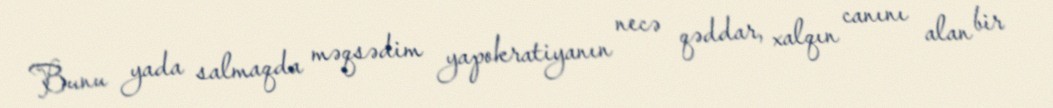
Bunu yada salmaqda məqsədim yapokratiyanın necə qəddar, xalqın canını alan bir